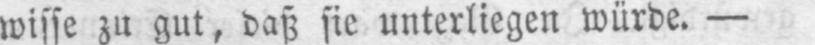
wisse zu gut, daß sie unterliegen würde. -